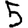
Digit: 5